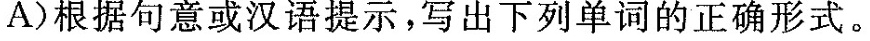
A)根据句意或汉语提示,写出下列单词的正确形式。